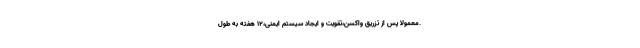
.معمولا پس از تزریق واکسن،تقویت و ایجاد سیستم ایمنی،۱۲ هفته به طول